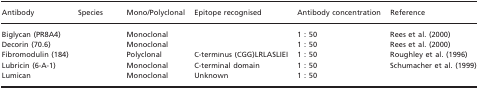
<table><thead><tr><td><b>Antibody</b></td><td><b>Species</b></td><td><b>Mono/Polyclonal</b></td><td><b>Epitope recognised</b></td><td><b>Antibody concentration</b></td><td><b>Reference</b></td></tr></thead><tbody><tr><td>Biglycan (PR8A4)</td><td>[EMPTY_CELL]</td><td>Monoclonal</td><td>[EMPTY_CELL]</td><td>1 : 50</td><td>Rees et al. (2000)</td></tr><tr><td>Decorin (70.6)</td><td>[EMPTY_CELL]</td><td>Monoclonal</td><td>[EMPTY_CELL]</td><td>1 : 50</td><td>Rees et al. (2000)</td></tr><tr><td>Fibromodulin (184)</td><td>[EMPTY_CELL]</td><td>Polyclonal</td><td>C‐terminus (CGG)LRLASLIEI</td><td>1 : 50</td><td>Roughley et al. (1996)</td></tr><tr><td>Lubricin (6‐A‐1)</td><td>[EMPTY_CELL]</td><td>Monoclonal</td><td>C‐terminal domain</td><td>1 : 50</td><td>Schumacher et al. (1999)</td></tr><tr><td>Lumican</td><td>[EMPTY_CELL]</td><td>Monoclonal</td><td>Unknown</td><td>1 : 50</td><td>[EMPTY_CELL]</td></tr></tbody></table>